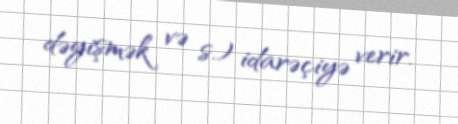
dəyişmək və s.) idarəçiyə verir.